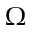
\Omega